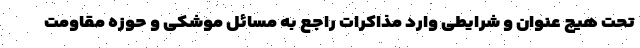
تحت هیچ عنوان و شرایطی وارد مذاکرات راجع به مسائل موشکی و حوزه مقاومت